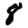
Digit: 8